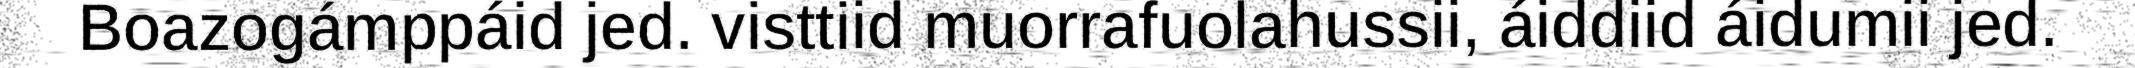
Boazogámppáid jed. visttiid muorrafuolahussii, áiddiid áidumii jed.